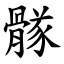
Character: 䯟